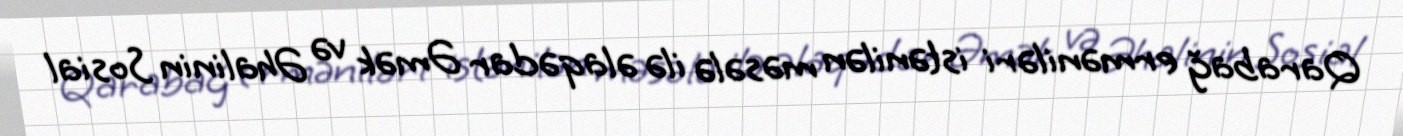
Qarabağ erməniləri istənilən məsələ ilə əlaqədar Əmək və Əhalinin Sosial